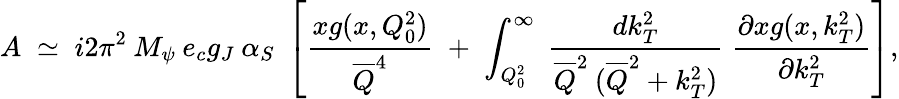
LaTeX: A\; \simeq\; i2\pi^{2}\: M_{\psi}\: e_{c}g_{J}\: \alpha_{S}\; \left[\frac{xg(x,Q_{0}^{2})}{\overline{{{Q}}}^{4}}\; +\; \int_{Q_{0}^{2}}^{\infty}\; \frac{dk_{T}^{2}}{\overline{{{Q}}}^{2}\: (\overline{{{Q}}}^{2}+k_{T}^{2})}\; \frac{\partial xg(x,k_{T}^{2})}{\partial k_{T}^{2}}\right],